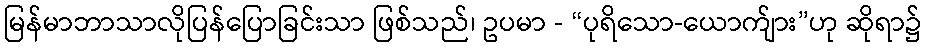
မြန်မာဘာသာလိုပြန်ပြောခြင်းသာ ဖြစ်သည်၊ ဥပမာ - “ပုရိသော-ယောက်ျား”ဟု ဆိုရာ၌